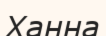
Ханна